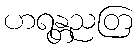
ဟရန္တညတြ